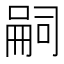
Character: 嗣